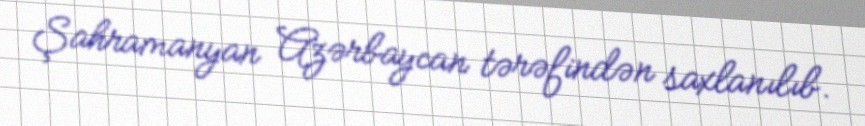
Şahramanyan Azərbaycan tərəfindən saxlanılıb.